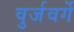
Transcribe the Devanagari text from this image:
वुर्जवर्गे